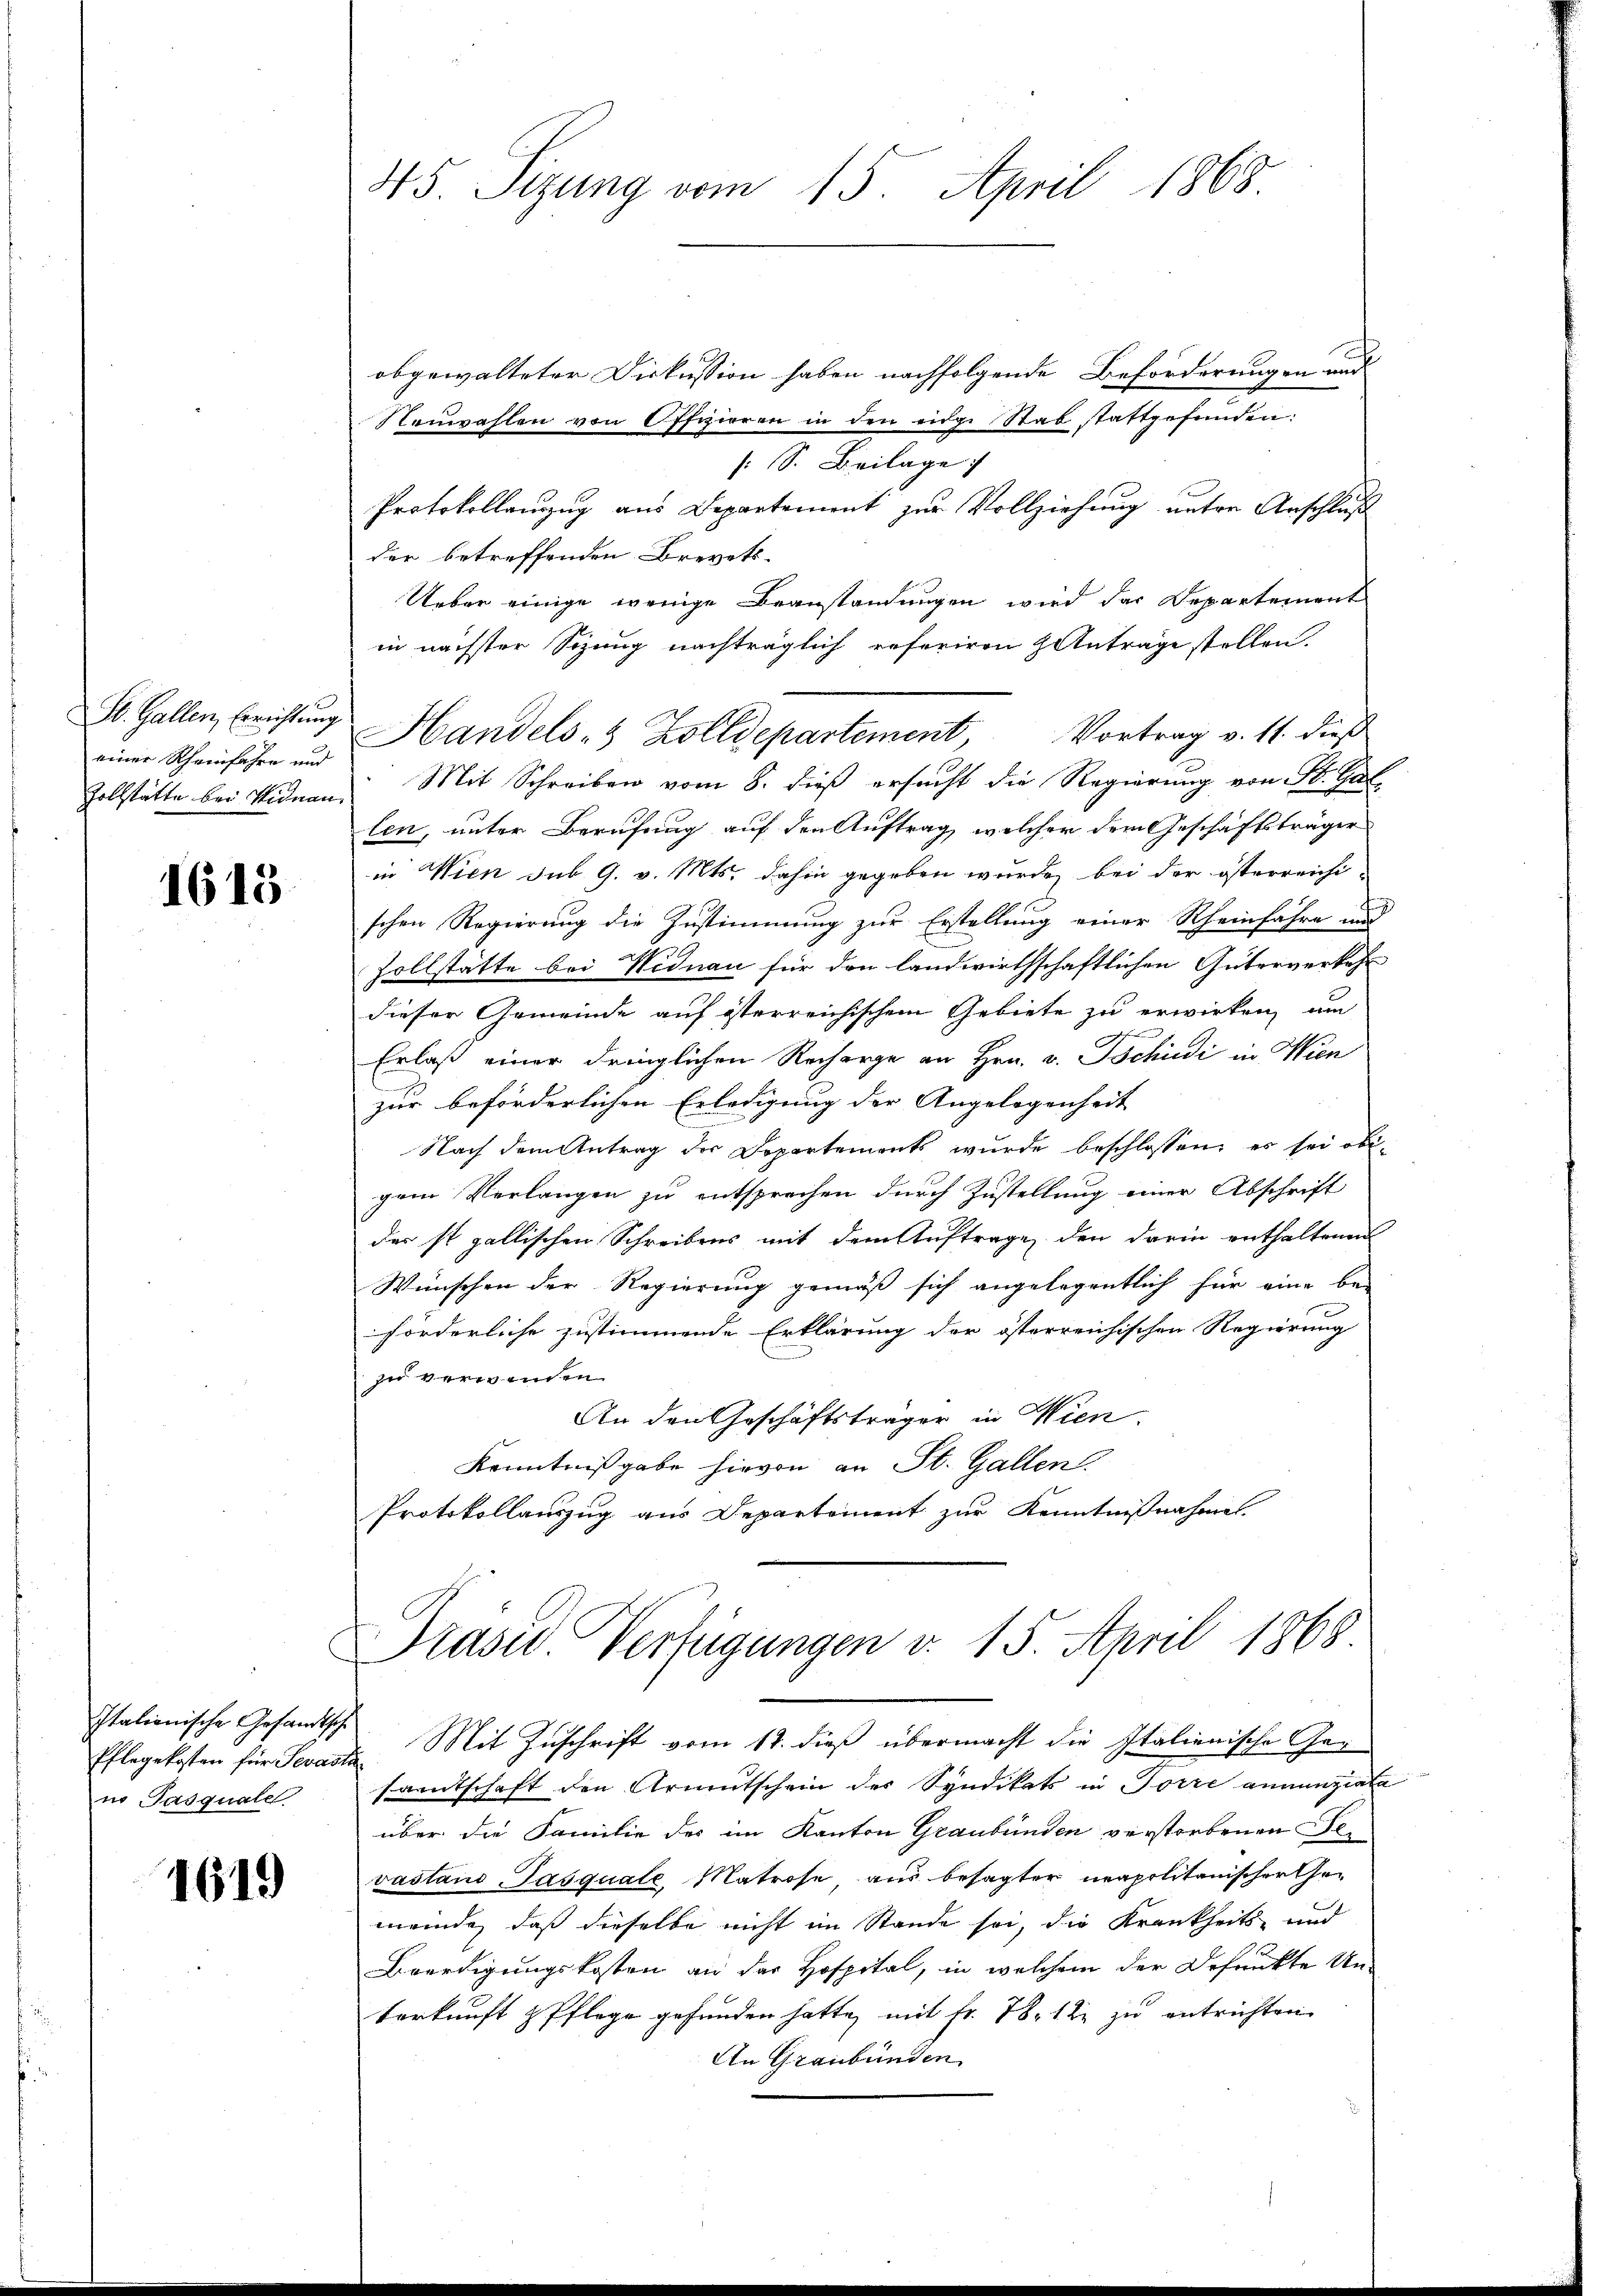
St. Gallen, Errichtung
einer Rheinfahre und

1613

Italionische Gesandtsche
no Pasquale

1619

obgewalteter Diskussion haben nachfolgende Beförderungen und
Neuwahlen von Offizieren in den eidge Stab stattgefunden:
[S. Beilage
Protokollanzug aus Departement zur Vollziehung unter Anschluß
der betreffenden Brevets-
Ueber einige wenige Beanstandungen wird das Departement
in nächster Sizung nachträglich referiren & Antrage stellen.
Zollstätte bei Widman Mit Schreiben vom 8. dieß ersucht die Regierung von St. Gallen, unter Berufung auf den Auftrag, welcher dem Geschäftsträger
in Wien sub 9. v. Mts. dahin gegeben wurde, bei der österreichi-
schen Regierung die Zustimmung zur Erstellung einer Rheinfahre und
Zollstätte bei Widnau für den landwirthschaftlichen Güterverkehr
dieser Gemeinde auf isterreichischem Gebiete zu erwirken, um
C
Erlaß einer dringlichen Recharge an Hrn. v. Tschudi in Wien
zur beförderlichen Erledigung der Angelegenheit
Nach dem Antrag der Departements wurde beschlossen, es sei obigem Verlangen zu entsprechen durch Zustellung einer Abschrift
der ist gallischen Schreibens mit dem Auftrage, den darin enthaltenen
Wünschen der Regierung gemäß sich angelegentlich für eine be-
förderliche zustimmende Erklärung der österreichischen Regierung
zu verwenden.
An den Geschäftsträger in Wien.
Kenntnißgabe hievon an St. Gallen.
Protokollauszug aus Departement zur Kenntnißnahme.

45. Sizung vom 15. April 1868.

Eflegekosten für Severte Mit Zuschrift vom 12. dieß übermacht die Italienische Gesamtschaft den Armutschein der Syndikats in Forre annunziale
über die Familie des im Kanton Graubünden verstorbenen Gevastand Pasquale Matrose aus besagter neapolitanischerthei
meinde, daß dieselbe nicht im Stande sei, die Krankheits- und
Beerdigungskosten an der Hospital, in welchem der Befunkte Un-
terkunft z Pflege gefunden hatte mit Fr. 78. 12 zu entrichten
An Graubünden

Handels- & Zolldepartement, Vortrag v. 11. dieß

Prasw. Verfügungen v. 15. April 1868